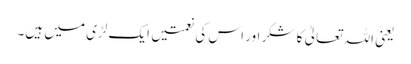
یعنی اللہ تعالیٰ کا شکر اور اس کی نعمتیں ایک لڑی میں ہیں۔